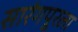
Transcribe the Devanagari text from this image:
सारंगपूरला